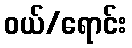
ဝယ်/ရောင်း